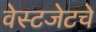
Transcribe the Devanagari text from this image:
वेस्टजेटचे